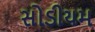
સોડીયમ